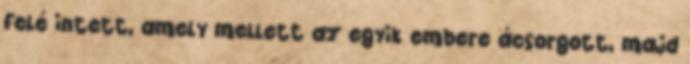
felé intett, amely mellett az egyik embere ácsorgott, majd